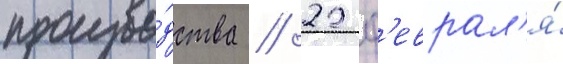
произво́дства // 22 ф'еврал'я́